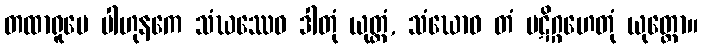
တထာရူပေ ပါဟုနကေ သံဃဿေဝ ဒါတုံ ယုတ္တံ, သံဃောဝ တံ ပဋိဂ္ဂဟေတုံ ယုတ္တော။